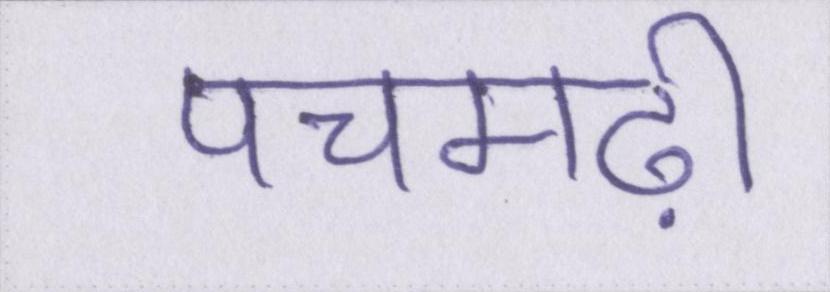
पचमढ़ी